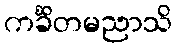
ကင်္ခိတမညာသိ